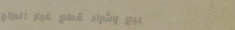
بيع وشراء قطع غيار الدراج